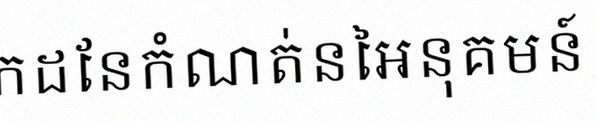
រកដែនកំណត់នៃអនុគមន៍